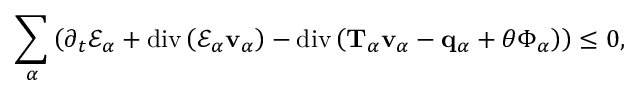
\begin{array} { r } { \displaystyle \sum _ { \alpha } \left( \partial _ { t } \mathscr { E } _ { \alpha } + \mathrm { d i v } \left( \mathscr { E } _ { \alpha } \mathbf { v } _ { \alpha } \right) - \mathrm { d i v } \left( \mathbf { T } _ { \alpha } \mathbf { v } _ { \alpha } - \mathbf { q } _ { \alpha } + \theta \boldsymbol { \Phi } _ { \alpha } \right) \right) \leq 0 , } \end{array}